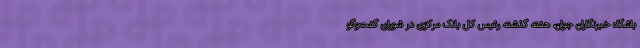
باشگاه خبرنگاران جوان، هفته گذشته رئیس کل بانک مرکزی در شورای گفت‌و‌گو